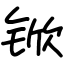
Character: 锨